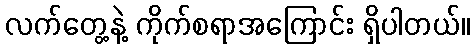
လက်တွေ့နဲ့ ကိုက်စရာအကြောင်း ရှိပါတယ်။